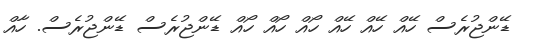
ޑޭންޖުރެސް ހޭއް ހޭއް ހޭއް ހޯއް ހޯއް ހޯއް ޑޭންޖުރެސް ޑޭންޖުރެސް. ހާއް